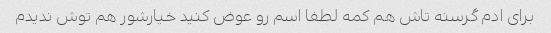
برای ادم گرسنه تاش هم کمه لطفا اسم رو عوض کنید خیارشور هم توش ندیدم